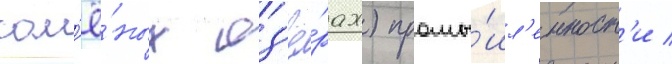
сол'ё́ных оз'ё́рах) промы́шл'енност'и /